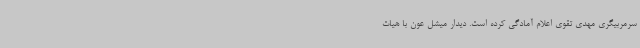
سرمربیگری مهدی تقوی اعلام آمادگی کرده است. دیدار میشل عون با هیات